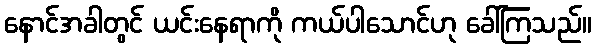
နောင်အခါတွင် ယင်းနေရာကို ကယ်ပါသောင်ဟု ခေါ်ကြသည်။